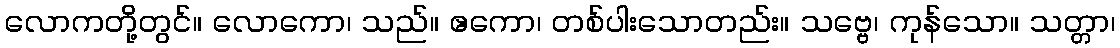
လောကတို့တွင်။ လောကော၊ သည်။ ဧကော၊ တစ်ပါးသောတည်း။ သဗ္ဗေ၊ ကုန်သော။ သတ္တာ၊